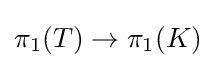
\pi _{1}(T)\to \pi _{1}(K)